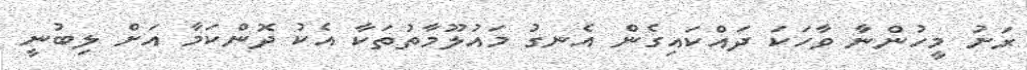
ރަށު މީހުންނާ ވާހަކަ ދައްކައިގެން އެނގު މައުލޫމާތުތަކާ އެކު ދޮންކަމާ އަށް ލިބުނީ